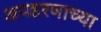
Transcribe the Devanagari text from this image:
अपहरणाच्या